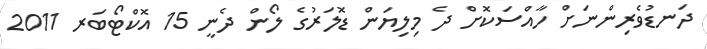
ދަނޑުވެރިންނަށް ހާއްސަކޮށް ދެ މިލިޔަން ޑޮލަރުގެ ލޯން ދެނީ 15 އޮކްޓޯބަރ 2011